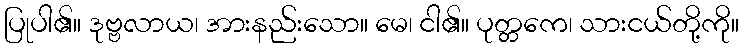
ပြုပါ၏။ ဒုဗ္ဗလာယ၊ အားနည်းသော။ မေ၊ ငါ၏။ ပုတ္တကေ၊ သားငယ်တို့ကို။